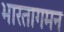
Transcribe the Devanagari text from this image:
भारतागमन